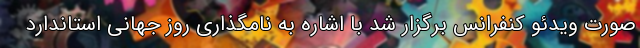
صورت ویدئو کنفرانس برگزار شد با اشاره به نامگذاری روز جهانی استاندارد